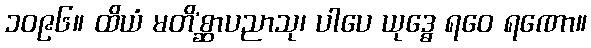
၁၀၉၆။ ထိယံ မတိ’စ္ဆာပညာသု၊ ပါပေ ယုဒ္ဓေ ရဝေ ရဏော။